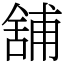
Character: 舖